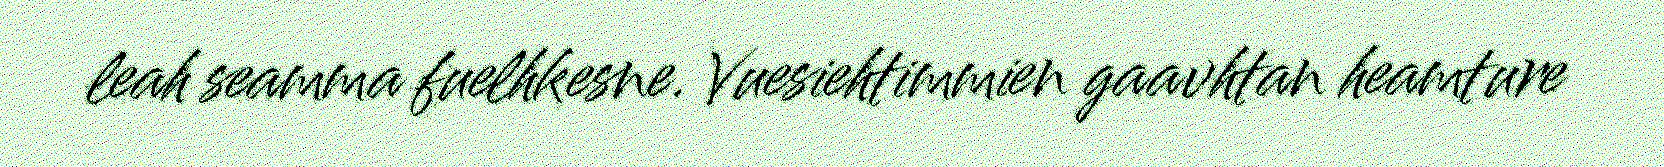
leah seamma fuelhkesne. Vuesiehtimmien gaavhtan heamture